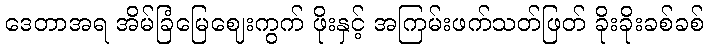
ဒေတာအရ အိမ်ခြံမြေဈေးကွက် ဖိုးနှင့် အကြမ်းဖက်သတ်ဖြတ် ခိုးခိုးခစ်ခစ်